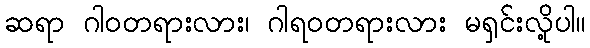
ဆရာ ဂါဝတရားလား၊ ဂါရဝတရားလား မရှင်းလို့ပါ။